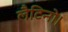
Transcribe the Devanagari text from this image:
लैटिनो।